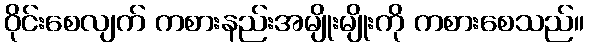
ဝိုင်းစေလျက် ကစားနည်းအမျိုးမျိုးကို ကစားစေသည်။